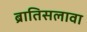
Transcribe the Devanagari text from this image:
ब्रातिसलावा